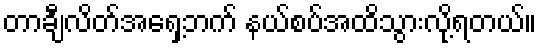
တာချီလိတ်အရှေ့ဘက် နယ်စပ်အထိသွားလို့ရတယ်။